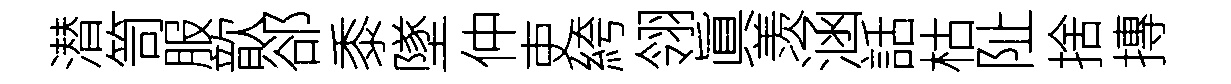
潜笥服歆郤黍墜仲吏絝翎眞羡涵話枯阯捨摶